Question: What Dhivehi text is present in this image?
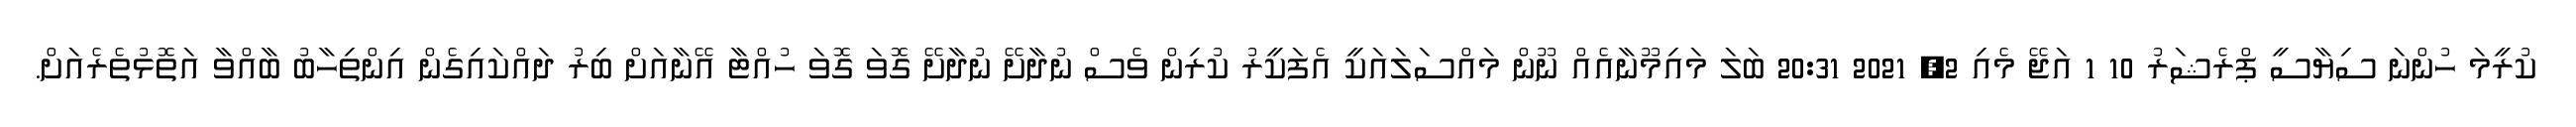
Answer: ކުރީމަ ހުންނަ ސިޔާސީ ޕްރެޝަރު 10 1 އަޖޭ މެއި 2, 2021 20:31 ބަލަ މައިމޫނާއެއް ނޫން މައްސަލައަކީ އެފަކީރު ކުރިން ވެސް ނުދާށޭ ނުދާށޭ ގޮވަ ގޮވަ ހުއްޓާ އޭނާއަށް ބިރު ދައްކައިގެން އިންތިހާބު ބާއްވާ އަތޮޅުތެރެއަށް.